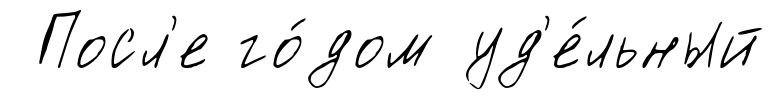
Посл'е го́дом уд'е́льный